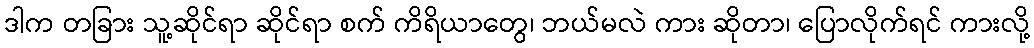
ဒါက တခြား သူ့ဆိုင်ရာ ဆိုင်ရာ စက် ကိရိယာတွေ၊ ဘယ်မလဲ ကား ဆိုတာ၊ ပြောလိုက်ရင် ကားလို့